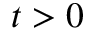
t > 0